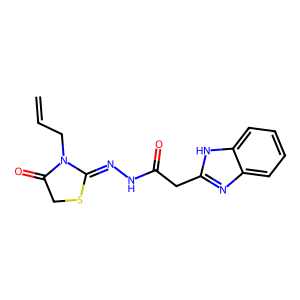
SMILES: C=CCN1C(=O)CSC1=NNC(=O)Cc1nc2ccccc2[nH]1
Inhibits HIV replication: No